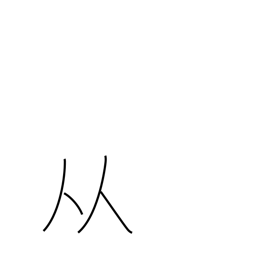
Meaning: two people